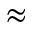
\approx